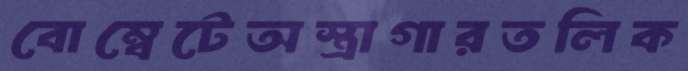
বোম্বেটেঅস্ত্রাগারতলিক